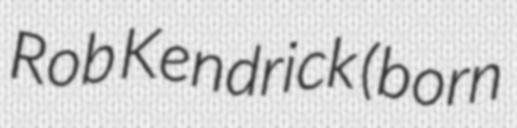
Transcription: Rob Kendrick (born